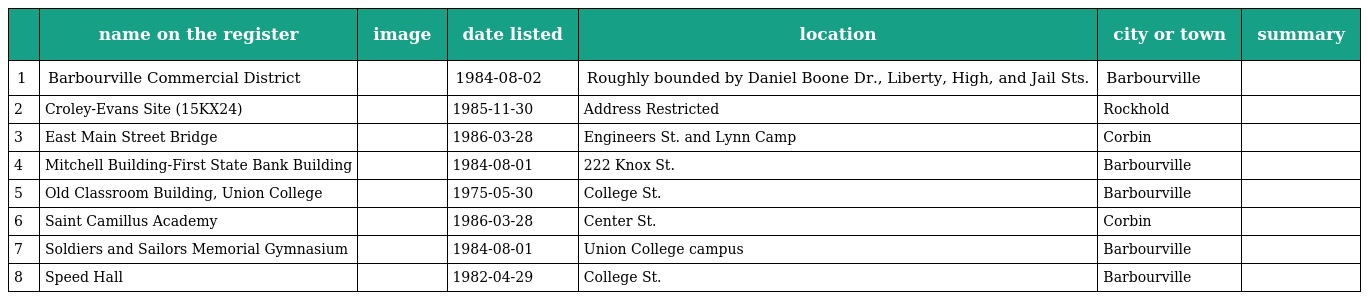
|  | name on the register | image | date listed | location | city or town | summary |
 | --- | --- | --- | --- | --- | --- | --- |
 | 1 | Barbourville Commercial District |  | 1984-08-02 | Roughly bounded by Daniel Boone Dr., Liberty, High, and Jail Sts. | Barbourville |  |
 | 2 | Croley-Evans Site (15KX24) |  | 1985-11-30 | Address Restricted | Rockhold |  |
 | 3 | East Main Street Bridge |  | 1986-03-28 | Engineers St. and Lynn Camp | Corbin |  |
 | 4 | Mitchell Building-First State Bank Building |  | 1984-08-01 | 222 Knox St. | Barbourville |  |
 | 5 | Old Classroom Building, Union College |  | 1975-05-30 | College St. | Barbourville |  |
 | 6 | Saint Camillus Academy |  | 1986-03-28 | Center St. | Corbin |  |
 | 7 | Soldiers and Sailors Memorial Gymnasium |  | 1984-08-01 | Union College campus | Barbourville |  |
 | 8 | Speed Hall |  | 1982-04-29 | College St. | Barbourville |  |